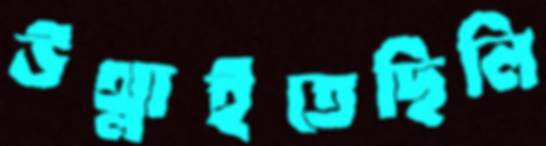
উথ্‌লাইতেছিলি